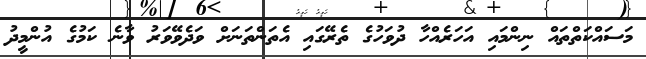
މަސައްކަތްތައް ނިންމައި އަހަރެއްހާ ދުވަހުގެ ތެރޭގައި އެތަންތަނަށް ވަދެވޭވަރު ވާނެ ކަމުގެ އުންމީދު